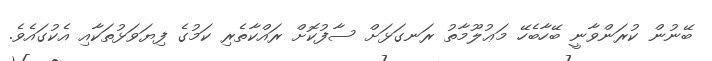
ބޭނުން ކުރަންވާނީ ބޭހާބެހޭ މަޢުލޫމާތު ރަނގަޅަށް ސާފުކޮށް ރައްކާތެރި ކަމުގެ ފިޔަވަޅުތަކާއި އެކުގައެވެ.